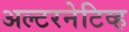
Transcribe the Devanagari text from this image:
अल्टरनेटिव्ह